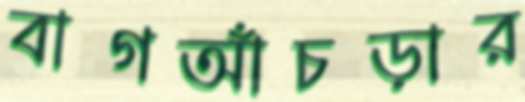
বাগআঁচড়ার